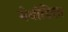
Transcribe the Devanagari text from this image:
मेथोडिस्त